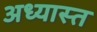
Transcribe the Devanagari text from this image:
अध्यास्त